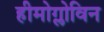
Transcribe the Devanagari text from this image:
हीमोग्लोविन